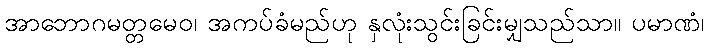
အာဘောဂမတ္တမေဝ၊ အကပ်ခံမည်ဟု နှလုံးသွင်းခြင်းမျှသည်သာ။ ပမာဏံ၊